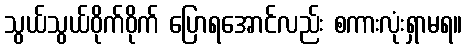
သွယ်သွယ်ဝိုက်ဝိုက် ပြောရအောင်လည်း စကားလုံးရှာမရ။